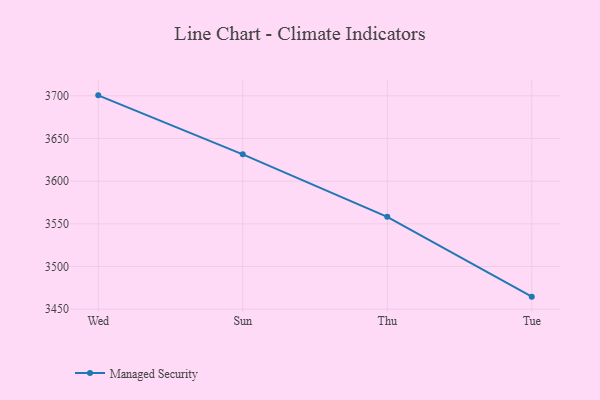
{"axis": {"x": "Day", "y": "Conversion Rate (%)"}, "legend": ["Managed Security"], "data": [{"x": "Wed", "y": 3700.5, "type": "Managed Security"}, {"x": "Sun", "y": 3631.4, "type": "Managed Security"}, {"x": "Thu", "y": 3558.2, "type": "Managed Security"}, {"x": "Tue", "y": 3464.7, "type": "Managed Security"}]}